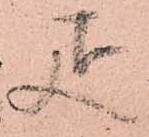
疋